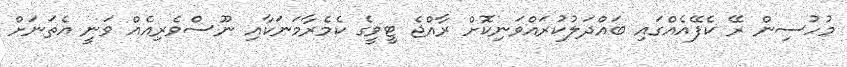
މުހުސިން ރޭ ކެފޭއެއްގައި ބައްދަލުކުރައްވަނިކޮށް ރާއްޖެ ޓީވީގެ ކެމެރާމަނަކާއި ނޫސްވެރިއެއް ވަނީ އެތަނަށް